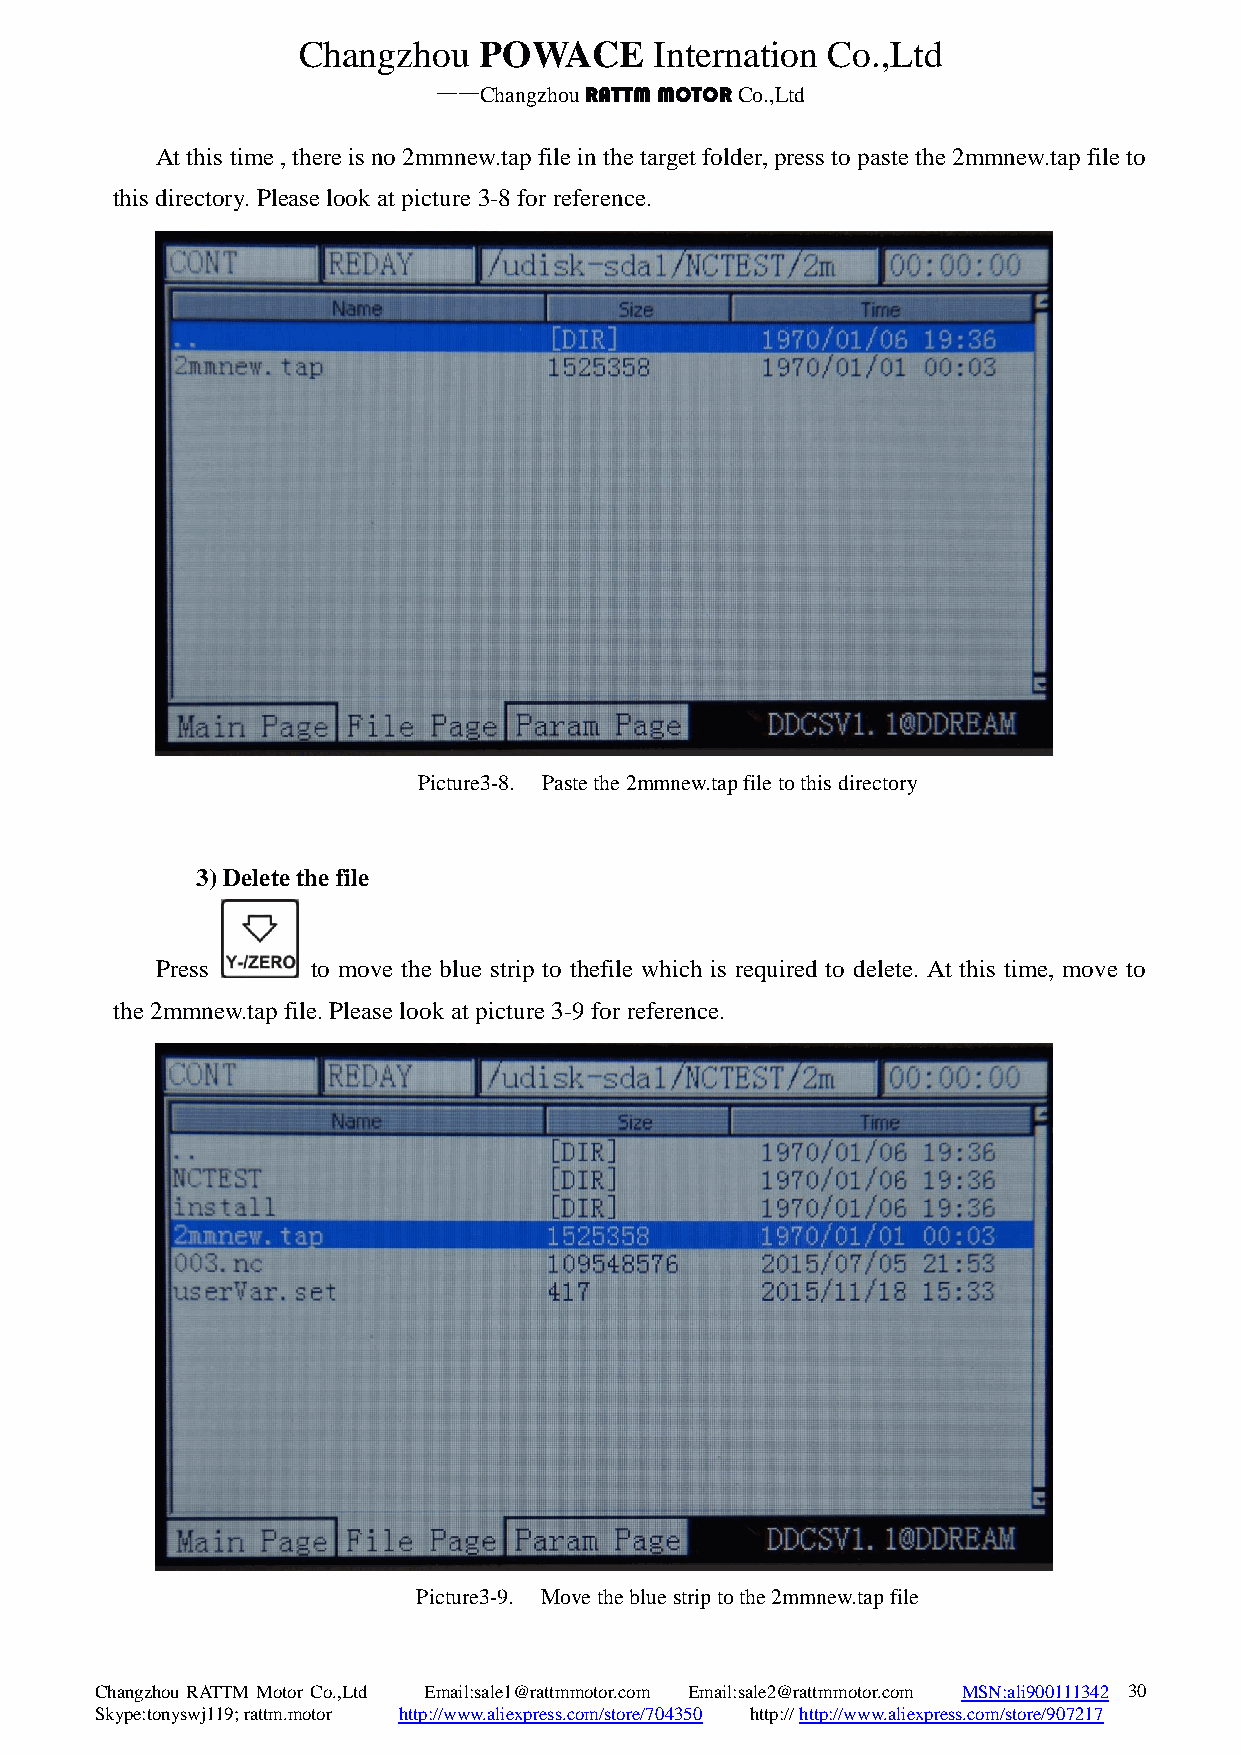
Changzhou   POWACE     Internation Co.,Ltd
 ——Changzhou RATTM MOTOR Co.,Ltd
 At this time , there is no 2mmnew.tap file in the target folder, press to paste the 2mmnew.tap file to
 this directory. Please look at picture 3-8 for reference.
 Picture3-8. Paste the 2mmnew.tap file to this directory
 3) Delete the file
 Press      to move the blue strip to thefile which is required to delete. At this time, move to
 the 2mmnew.tap file. Please look at picture 3-9 for reference.
 Picture3-9. Move the blue strip to the 2mmnew.tap file
 Changzhou RATTM Motor Co.,Ltd Email:sale1@rattmmotor.com Email:sale2@rattmmotor.com MSN:ali900111342 3 0
 Skype:tonyswj119; rattm.motor http://www.aliexpress.com/store/704350 http:// http://www.aliexpress.com/store/907217